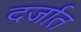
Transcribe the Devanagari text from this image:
दर्जात